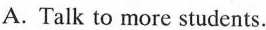
A.Talk to more students.